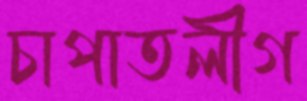
চাপাতলীগ